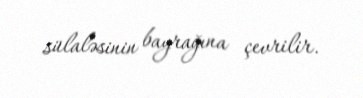
sülaləsinin bayrağına çevrilir.